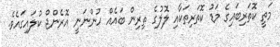
މަތީ ކޮތަރިބައިގެ މަޑު ކޮތަރިތަކާއި ލޮލުގެ ތިރިން ބައެއް ހުންނަނީ އޮރެންޖް ކުލައިގައެވެ.